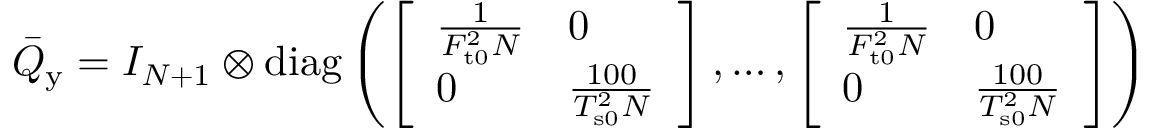
\begin{array} { r } { \bar { Q } _ { \mathrm { y } } = I _ { N + 1 } \otimes \mathrm { d i a g } \left( \left[ \begin{array} { l l } { \frac { 1 } { F _ { \mathrm { t 0 } } ^ { 2 } N } } & { 0 } \\ { 0 } & { \frac { 1 0 0 } { T _ { \mathrm { s 0 } } ^ { 2 } N } } \end{array} \right] , \ldots , \left[ \begin{array} { l l } { \frac { 1 } { F _ { \mathrm { t 0 } } ^ { 2 } N } } & { 0 } \\ { 0 } & { \frac { 1 0 0 } { T _ { \mathrm { s 0 } } ^ { 2 } N } } \end{array} \right] \right) } \end{array}